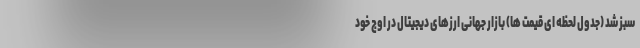
سبز شد (جدول لحظه ای قیمت ها) بازار جهانی ارزهای دیجیتال در اوج خود